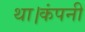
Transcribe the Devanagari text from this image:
था।कंपनी